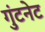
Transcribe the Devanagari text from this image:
गुंटनेट